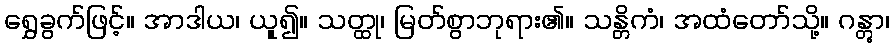
ရွှေခွက်ဖြင့်။ အာဒါယ၊ ယူ၍။ သတ္ထု၊ မြတ်စွာဘုရား၏။ သန္တိကံ၊ အထံတော်သို့။ ဂန္တွာ၊